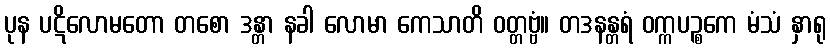
ပုန ပဋိလောမတော တစော ဒန္တာ နခါ လောမာ ကေသာတိ ဝတ္တဗ္ဗံ။ တဒနန္တရံ ဝက္ကပဉ္စကေ မံသံ နှာရု